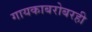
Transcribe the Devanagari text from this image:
गायकाबरोबरही